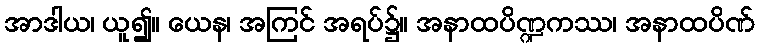
အာဒါယ၊ ယူ၍။ ယေန၊ အကြင် အရပ်၌။ အနာထပိဏ္ဍကဿ၊ အနာထပိဏ်